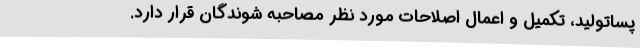
پساتولید، تکمیل و اعمال اصلاحات مورد نظر مصاحبه شوندگان قرار دارد.